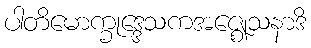
ပါတိမောက္ခုဒ္ဒေသကအဇ္ဈေသနာဒိ